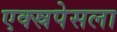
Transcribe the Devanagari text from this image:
एक्स्रपेसला